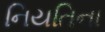
નિયતિના